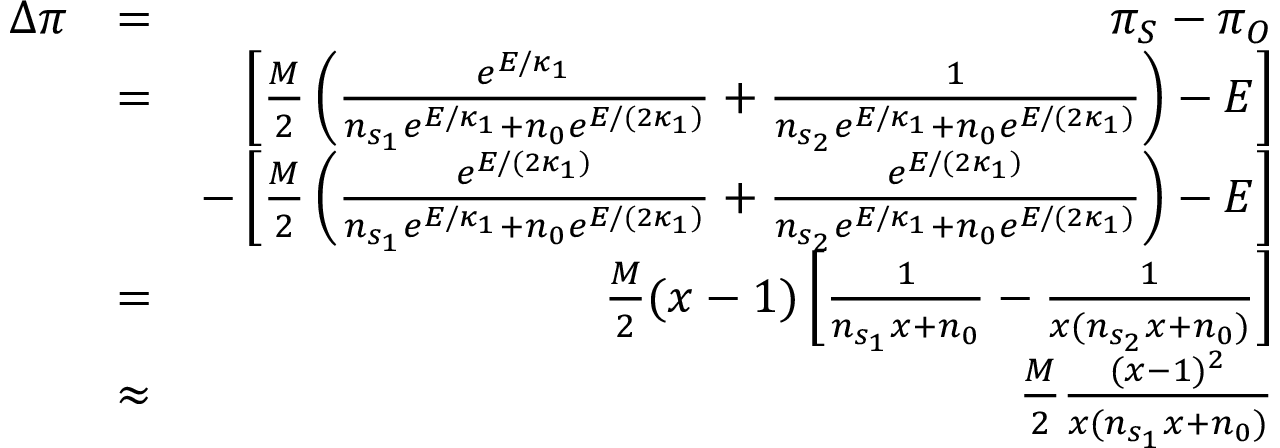
\begin{array} { r l r } { \Delta \pi } & { = } & { \pi _ { S } - \pi _ { O } } \\ & { = } & { \left[ \frac { M } { 2 } \left( \frac { e ^ { E / \kappa _ { 1 } } } { n _ { s _ { 1 } } e ^ { E / \kappa _ { 1 } } + n _ { 0 } e ^ { E / ( 2 \kappa _ { 1 } ) } } + \frac { 1 } { n _ { s _ { 2 } } e ^ { E / \kappa _ { 1 } } + n _ { 0 } e ^ { E / ( 2 \kappa _ { 1 } ) } } \right) - E \right] } \\ & { } & { - \left[ \frac { M } { 2 } \left( \frac { e ^ { E / ( 2 \kappa _ { 1 } ) } } { n _ { s _ { 1 } } e ^ { E / \kappa _ { 1 } } + n _ { 0 } e ^ { E / ( 2 \kappa _ { 1 } ) } } + \frac { e ^ { E / ( 2 \kappa _ { 1 } ) } } { n _ { s _ { 2 } } e ^ { E / \kappa _ { 1 } } + n _ { 0 } e ^ { E / ( 2 \kappa _ { 1 } ) } } \right) - E \right] } \\ & { = } & { \frac { M } { 2 } ( x - 1 ) \left[ \frac { 1 } { n _ { s _ { 1 } } x + n _ { 0 } } - \frac { 1 } { x ( n _ { s _ { 2 } } x + n _ { 0 } ) } \right] } \\ & { \approx } & { \frac { M } { 2 } \frac { ( x - 1 ) ^ { 2 } } { x ( n _ { s _ { 1 } } x + n _ { 0 } ) } } \end{array}